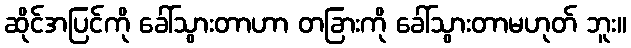
ဆိုင်အပြင်ကို ခေါ်သွားတာဟာ တခြားကို ခေါ်သွားတာမဟုတ် ဘူး။